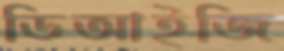
ডিআইজি